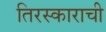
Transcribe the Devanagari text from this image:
तिरस्काराची